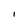
Character: l